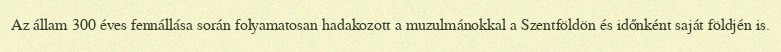
Az állam 300 éves fennállása során folyamatosan hadakozott a muzulmánokkal a Szentföldön és időnként saját földjén is.